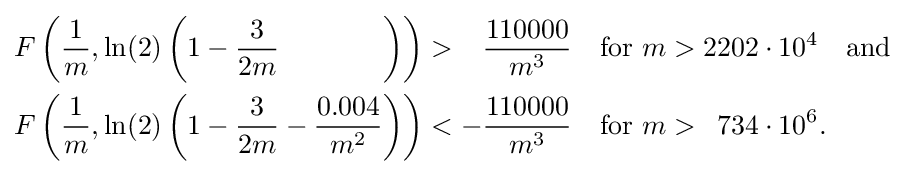
{\begin{aligned}F\left({\frac {1}{m}},\ln(2)\left(1-{\frac {3}{2m}}\,{\phantom {\;-{\frac {0.004}{m^{2}}}}}\right)\right)&>{\phantom {-}}{\frac {110000}{m^{3}}}\quad {\text{for }}m>2202\cdot 10^{4}\quad {\text{and}}\\F\left({\frac {1}{m}},\ln(2)\left(1-{\frac {3}{2m}}-{\frac {0.004}{m^{2}}}\right)\right)&<-{\frac {110000}{m^{3}}}\quad {\text{for }}m>{\phantom {0}}734\cdot 10^{6}.\end{aligned}}